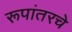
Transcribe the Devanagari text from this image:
रूपांतरचे